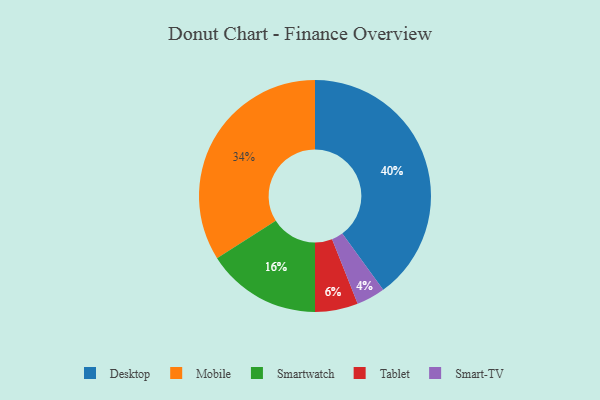
{"axis": {"x": "Category", "y": "Percentage"}, "legend": ["Desktop", "Mobile", "Smart-TV", "Smartwatch", "Tablet"], "data": [{"x": "Tablet", "y": 6, "type": "Tablet"}, {"x": "Smartwatch", "y": 16, "type": "Smartwatch"}, {"x": "Mobile", "y": 34, "type": "Mobile"}, {"x": "Desktop", "y": 40, "type": "Desktop"}, {"x": "Smart-TV", "y": 4, "type": "Smart-TV"}]}